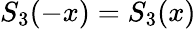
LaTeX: S_{3}(-x)=S_{3}(x)